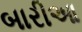
બારીઆ